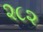
૨૮૨